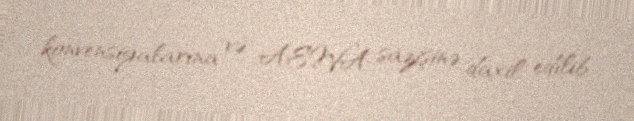
konvensiyalarına və AEWA sazişinə daxil edilib.